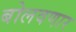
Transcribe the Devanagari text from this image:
बोलवणार